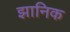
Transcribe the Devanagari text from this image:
झानिक